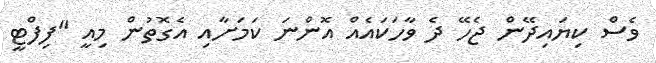
ވެސް ކިޔައިދޭން ޖެހޭ ދެ ވާހަކައެއް އޮންނަ ކަމަށާއި އެގޮތުން މިއީ "ފިފްޓީ